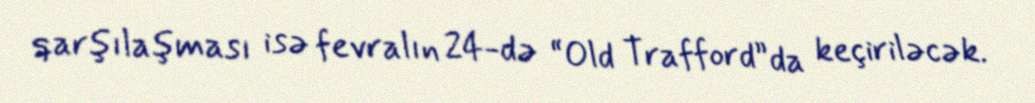
qarşılaşması isə fevralın 24-də “Old Trafford”da keçiriləcək.